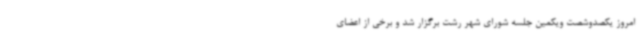
امروز یکصدوشصت ویکمین جلسه شورای شهر رشت برگزار شد و برخی از اعضای